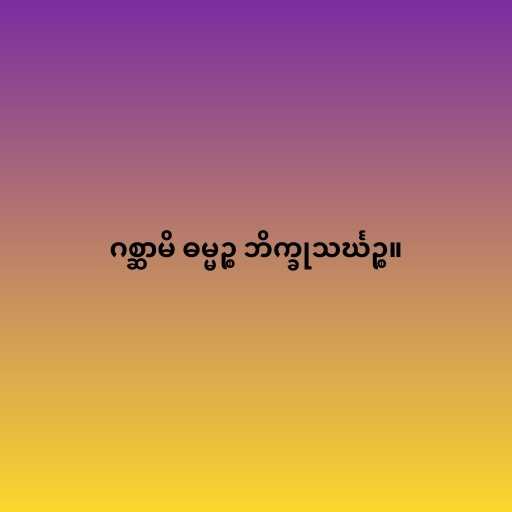
ဂစ္ဆာမိ ဓမ္မဉ္စ ဘိက္ခုသင်္ဃဉ္စ။